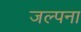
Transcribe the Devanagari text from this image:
जल्पना